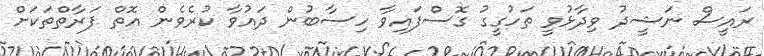
ރައީސް ނަޝީދު ވިދާޅުވީ ތަހުގީގު ގޮސްފައިވާ ހިސާބުން ދައުވާ ކުރެވެން އޮތް ފަރާތްތަކަށް